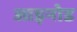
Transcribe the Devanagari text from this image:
आइनोड